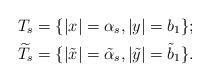
LaTeX: \begin{align*}&T_s=\{|x|=\alpha_s,|y|=b_1\};\\&\widetilde{T}_s=\{|\tilde{x}|=\tilde{\alpha}_s,|\tilde{y}|=\tilde{b}_1\}.\end{align*}